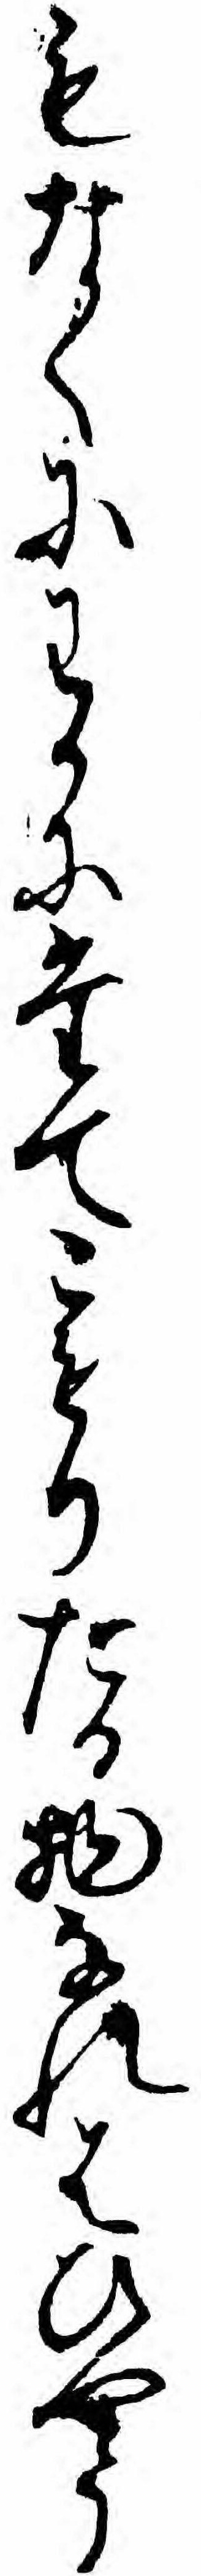
もなくにわかにたてこもりたる物なれはひやう